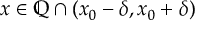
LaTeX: x \in \mathbb { Q } \cap ( x _ { 0 } - \delta , x _ { 0 } + \delta )